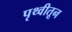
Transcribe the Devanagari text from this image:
पृथ्वीतून